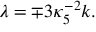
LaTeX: \lambda = \mp 3 \kappa _ { 5 } ^ { - 2 } k .